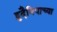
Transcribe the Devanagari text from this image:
हुदैबियाच्या